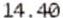
14.40